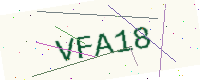
Text: VFA18